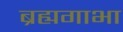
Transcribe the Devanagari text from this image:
ब्रह्यगाभा